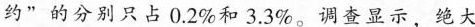
约”的分别只占0.2\%和3.3\%。调查显示，绝大